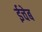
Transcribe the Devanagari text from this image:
ईचेब